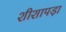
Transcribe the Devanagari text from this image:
शीशापड़ा